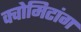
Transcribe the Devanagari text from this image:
क्वोमिटांग